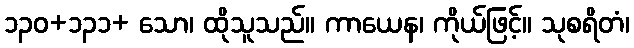
၁၃၀+၁၃၁+ သော၊ ထိုသူသည်။ ကာယေန၊ ကိုယ်ဖြင့်။ သုစရိတံ၊